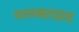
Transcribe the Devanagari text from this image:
नगरबग़दाद